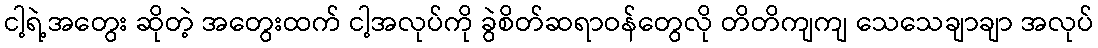
ငါ့ရဲ့အတွေး ဆိုတဲ့ အတွေးထက် ငါ့အလုပ်ကို ခွဲစိတ်ဆရာဝန်တွေလို တိတိကျကျ သေသေချာချာ အလုပ်